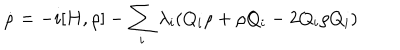
LaTeX: \dot { \rho } = - i [ H , \rho ] - \sum _ { i } \lambda _ { i } ( Q _ { i } \rho + \rho Q _ { i } - 2 Q _ { i } \rho Q _ { i } )